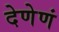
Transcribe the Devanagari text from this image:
देणेणं